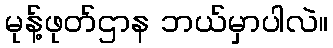
မုန့်ဖုတ်ဌာန ဘယ်မှာပါလဲ။